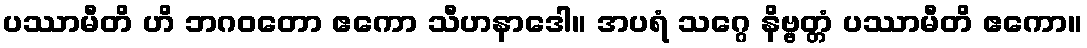
ပဿာမီတိ ဟိ ဘဂဝတော ဧကော သီဟနာဒေါ။ အပရံ သဂ္ဂေ နိဗ္ဗတ္တံ ပဿာမီတိ ဧကော။